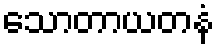
သောတာယတနံ